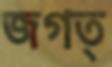
জগত্